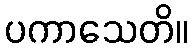
ပကာသေတိ။